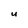
Character: U